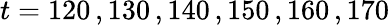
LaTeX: t=120\, ,130\, ,140\, ,150\, ,160\, ,170